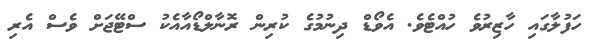
ހަފުލާގައި ހާޒިރުވެ ހުއްޓެވެ. އެވޯޑް ދިނުމުގެ ކުރިން ރޮނާލްޑޯއާއެކު ސްޓޭޖަށް ވެސް އެރި